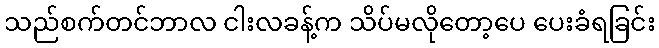
သည်စက်တင်ဘာလ ငါးလခန့်က သိပ်မလိုတော့ပေ ပေးခံရခြင်း